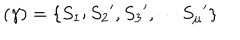
LaTeX: ( \gamma ) = \{ S _ { 1 } ; { S _ { 2 } } ^ { \prime } , { S _ { 3 } } ^ { \prime } , \cdots { S _ { \mu } } ^ { \prime } \}